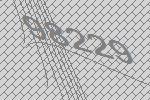
98229